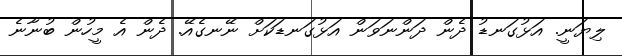
ލިޔަނީ. އަޅުގަނޑު ދެން ދަންނަވަން އަޅުގަނޑަކަށް ނޭނގެއޭ. ދެން އެ މީހުން ބުނާނެ